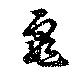
亀